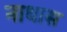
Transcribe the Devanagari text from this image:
नाथास